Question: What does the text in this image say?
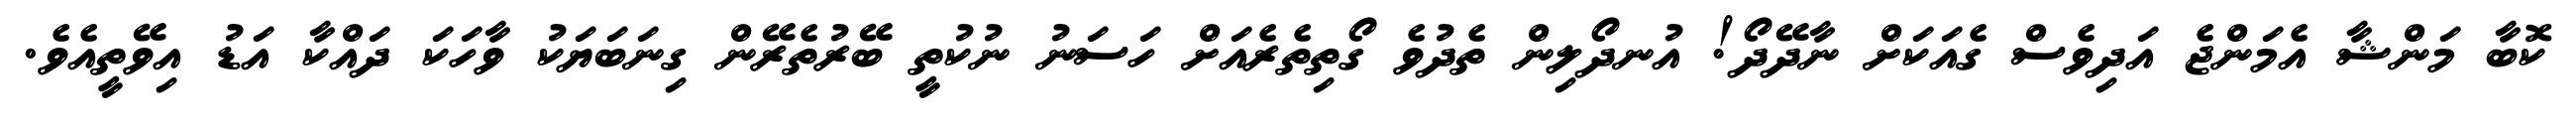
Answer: ކޮބާ މަންޝާ އެމަންޖެ އަދިވެސް ގެއަކަށް ނާދޭދޯ! އުނދޯލިން ތެދުވެ ގޯތިތެރެއަށް ހަސަނު ނުކުތީ ބޭރުތެރޭން ގިނަބަޔަކު ވާހަކަ ދައްކާ އަޑު އިވޭތީއެވެ.